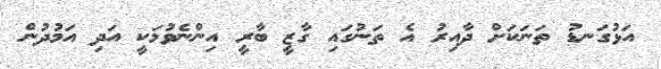
އަޅުގަނޑު ތަނަކަށް ދާއިރު އެ ތަނުގައި ގާޒީ ބާރީ އިންނެވުމަކީ އަދި އަމުދުން